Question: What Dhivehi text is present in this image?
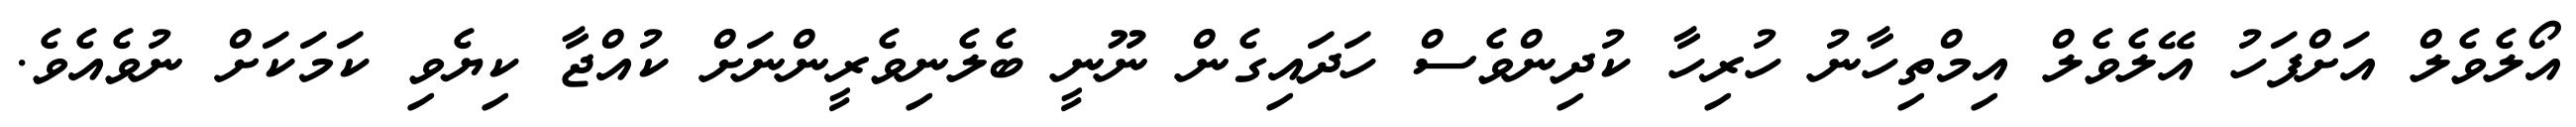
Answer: އޯލެވެލް އަށްފަހު އޭލެވެލް އިމްތިހާނު ހުރިހާ ކުދިންވެސް ހަދައިގެން ނޫނީ ބެލެނިވެރީންނަށް ކުއްޖާ ކިޔެވި ކަމަކަށް ނުވެއެވެ.